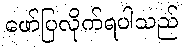
ဖော်ပြလိုက်ရပါသည်